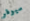
سيوفر